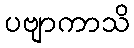
ပဗျာကာသိ